Source: Handwritten
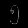
Digit: ၅ (5)